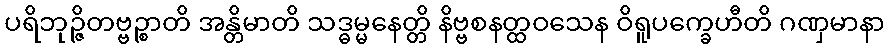
ပရိဘုဉ္ဇိတဗ္ဗဉ္စာတိ အန္တိမာတိ သဒ္ဓမ္မနေတ္တိ နိဗ္ဗစနတ္ထဝသေန ဝိရူပက္ခေဟီတိ ဂဏှမာနာ